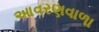
આવરણવાળા